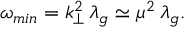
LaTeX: \omega _ { m i n } = k _ { \perp } ^ { 2 } \, \lambda _ { g } \simeq \mu ^ { 2 } \, \lambda _ { g } .